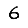
Digit: 6